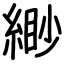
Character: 緲